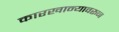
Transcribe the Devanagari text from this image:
कारखान्यावरून